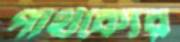
পার্থক্যের